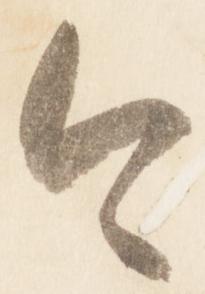
今